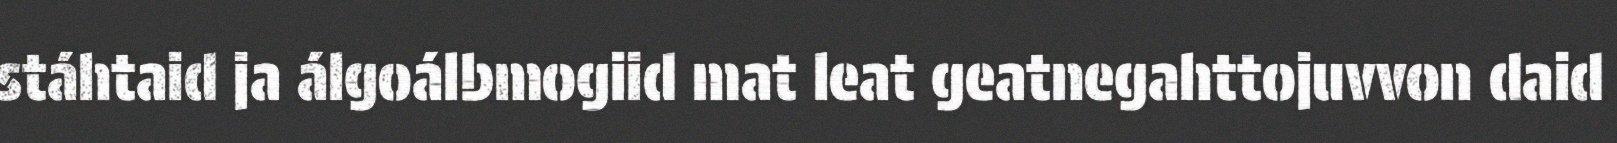
stáhtaid ja álgoálbmogiid mat leat geatnegahttojuvvon daid